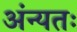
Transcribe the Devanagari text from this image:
अंन्यतः